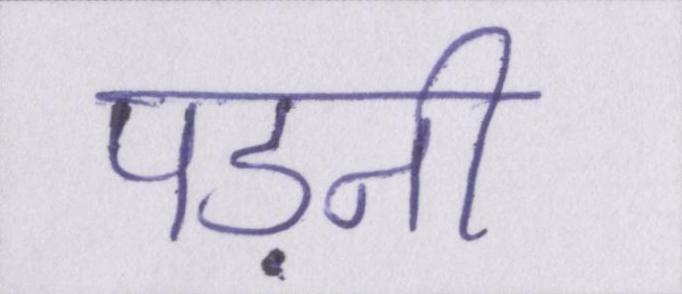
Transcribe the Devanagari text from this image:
पड़नी